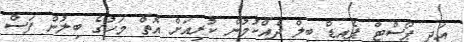
އަދި ޕޯސްޓް ޕެއިޑް ބިލް ދެއްކުމުން ކުރިއަށް އޮތް މަހުގެ ބިލުން ފަސް